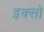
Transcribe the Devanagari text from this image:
इक्सो